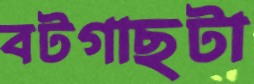
বটগাছটা